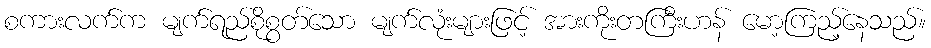
စကားလက်က မျက်ရည်စိုစွတ်သော မျက်လုံးများဖြင့် အားကိုးတကြီးဟန် မော့ကြည့်နေသည်။